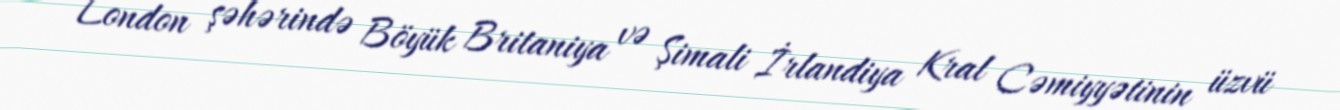
London şəhərində Böyük Britaniya və Şimali İrlandiya Kral Cəmiyyətinin üzvü